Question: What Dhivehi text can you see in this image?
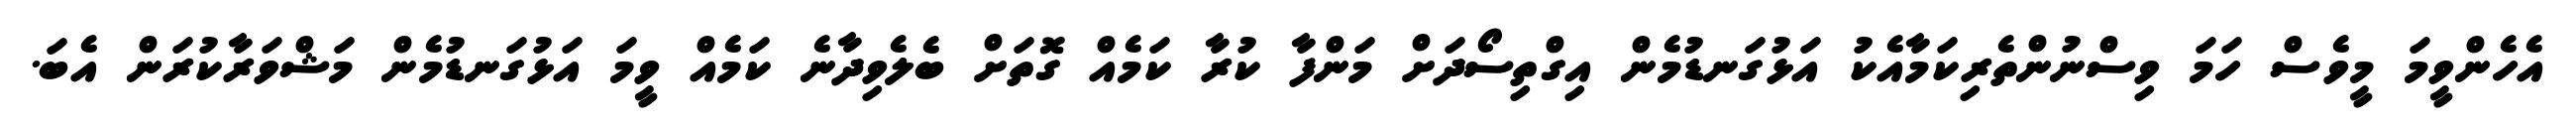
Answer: އެހެންވީމަ މީވެސް ހަމަ ވިސްނުންތެރިކަމާއެކު އަޅުގަނޑުމެން އިގްތިސޯދަށް މަންފާ ކުރާ ކަމެއް ގޮތަށް ބެލެވިދާނެ ކަމެއް ވީމަ އަޅުގަނޑުމެން މަޝްވަރާކުރަން އެބަ.